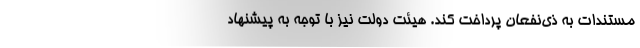
مستندات به ذی‌نفعان پرداخت کند. هیئت دولت نیز با توجه به پیشنهاد